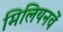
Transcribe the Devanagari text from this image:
मिलियनवें